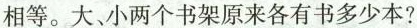
相等。大、小两个书架原来各有书多少本?